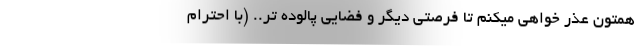
همتون عذر خواهي ميكنم تا فرصتي ديگر و فضايي پالوده تر.. (با احترام